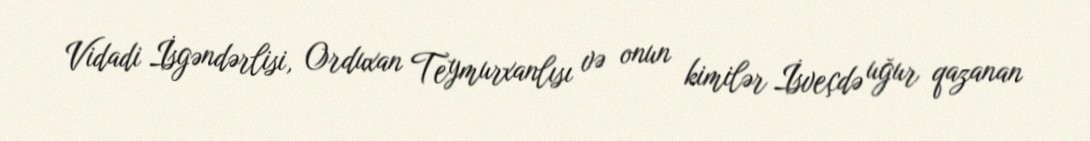
Vidadi İsgəndərlisi, Orduxan Teymurxanlısı və onun kimilər İsveçdə uğur qazanan